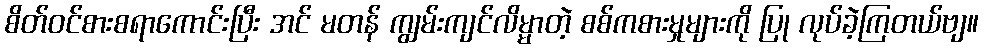
စိတ်ဝင်စားစရာကောင်းပြီး အင် မတန် ကျွမ်းကျင်လိမ္မာတဲ့ စစ်ကစားမှုများကို ပြု လုပ်ခဲ့ကြတယ်ဗျ။